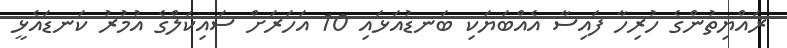
ޜައްޔިތުންގެ ހުރިހާ ފައިސާ އެއްބަޔަކި ބަނޑުއަޅައި 10 އަހަރަށް ސައިކަލްގެ އުމުރު ކަނޑައެޅީ